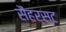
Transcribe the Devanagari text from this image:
सैंहर्स्ट